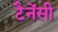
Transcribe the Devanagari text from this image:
टैनेंसी